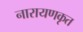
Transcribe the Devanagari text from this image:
नारायणकृत